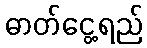
ဓာတ်ငွေ့ရည်